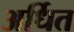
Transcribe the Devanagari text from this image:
अर्धित